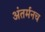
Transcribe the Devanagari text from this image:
अंतर्मनच